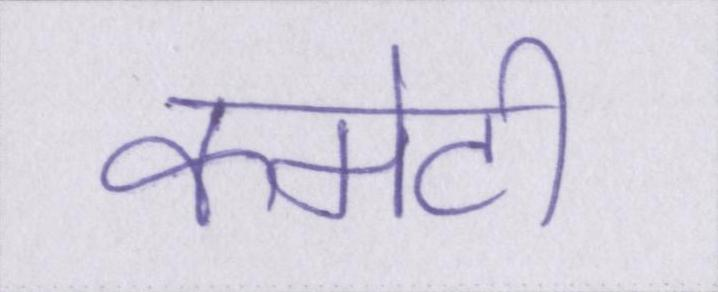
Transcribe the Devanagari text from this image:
कमेटी